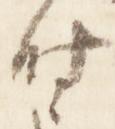
時